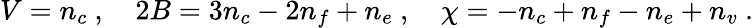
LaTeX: V=n_{c}\ ,\ \ \ \ 2B=3n_{c}-2n_{f}+n_{e}\ ,\ \ \ \ \chi=-n_{c}+n_{f}-n_{e}+n_{v}\ .